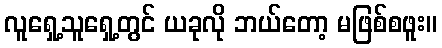
လူရှေ့သူရှေ့တွင် ယခုလို ဘယ်တော့ မဖြစ်စဖူး။